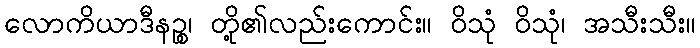
လောကိယာဒီနဉ္စ၊ တို့၏လည်းကောင်း။ ဝိသုံ ဝိသုံ၊ အသီးသီး။